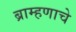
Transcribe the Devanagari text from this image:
ब्राम्हणाचे